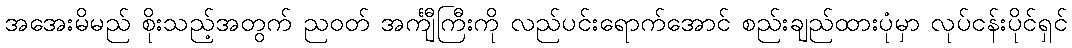
အအေးမိမည် စိုးသည့်အတွက် ညဝတ် အင်္ကျီကြီးကို လည်ပင်းရောက်အောင် စည်းချည်ထားပုံမှာ လုပ်ငန်းပိုင်ရှင်